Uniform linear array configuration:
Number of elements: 4
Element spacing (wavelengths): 0.5
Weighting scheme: uniform
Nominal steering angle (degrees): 0
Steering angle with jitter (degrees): -1.935
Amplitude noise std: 0.05
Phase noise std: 0.05

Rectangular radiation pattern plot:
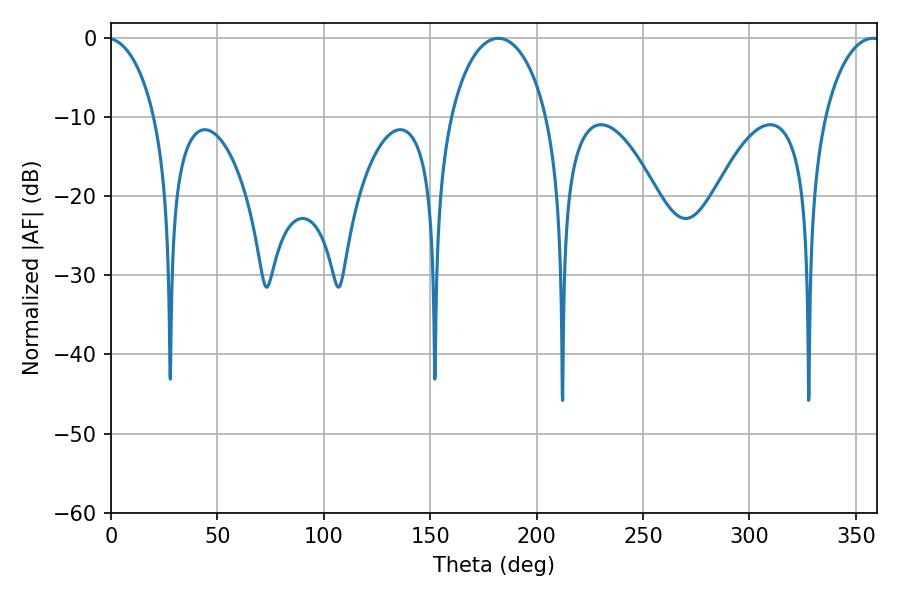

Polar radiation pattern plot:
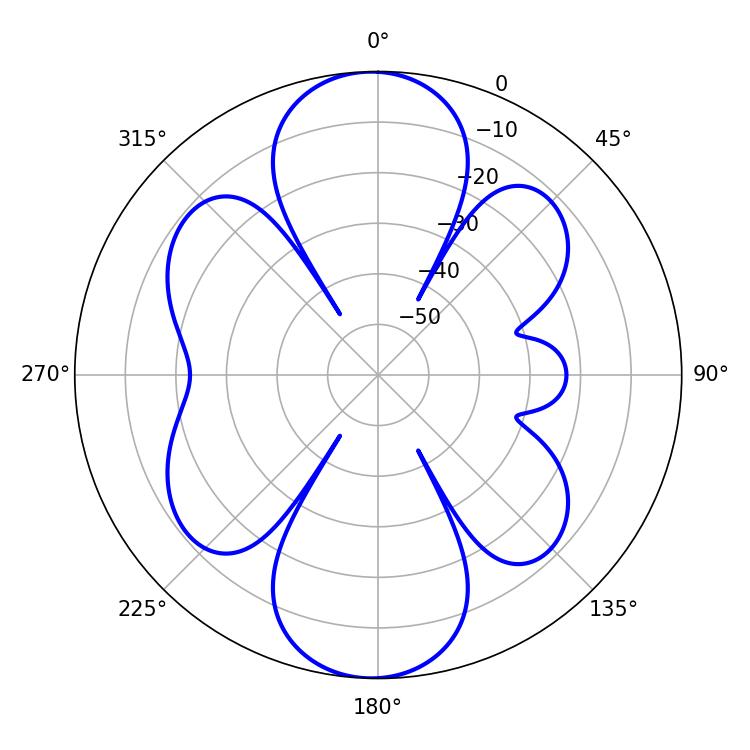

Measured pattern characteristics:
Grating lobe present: FALSE
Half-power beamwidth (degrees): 26.1
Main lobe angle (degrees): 181.98